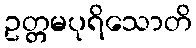
ဥတ္တမပုရိသောတိ